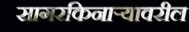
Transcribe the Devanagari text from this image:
सागरकिनाऱ्यावरील